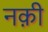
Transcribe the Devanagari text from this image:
नक़ी